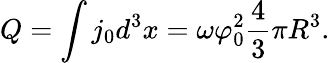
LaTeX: Q=\int j_{0}d^{3}x=\omega\varphi_{0}^{2}{\frac{4}{3}}\pi R^{3}.